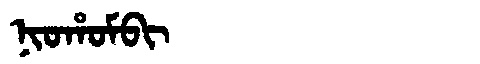
Manchu: ᠨᡳᠣᡥᠣᠮᠪᡳ
Romanization: NIOHOMBI